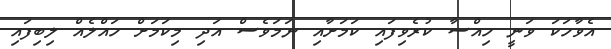
އެވާހަކަ ވަނީ ހިއްސާ ކުރެވިފައި ކަމަށާއި ނަމަަވެސް އަދި މިކަމަށް ހައްލެއް ލިބިފައި